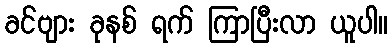
ခင်ဗျား ခုနစ် ရက် ကြာပြီးလာ ယူပါ။